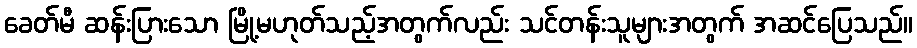
ခေတ်မီ ဆန်းပြားသော မြို့မဟုတ်သည့်အတွက်လည်း သင်တန်းသူများအတွက် အဆင်ပြေသည်။